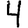
Digit: 4